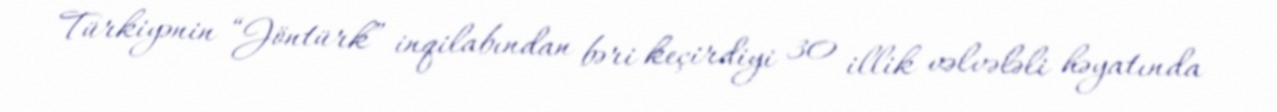
Türkiyənin “Jöntürk” inqilabından bəri keçirdiyi 30 illik vəlvələli həyatında